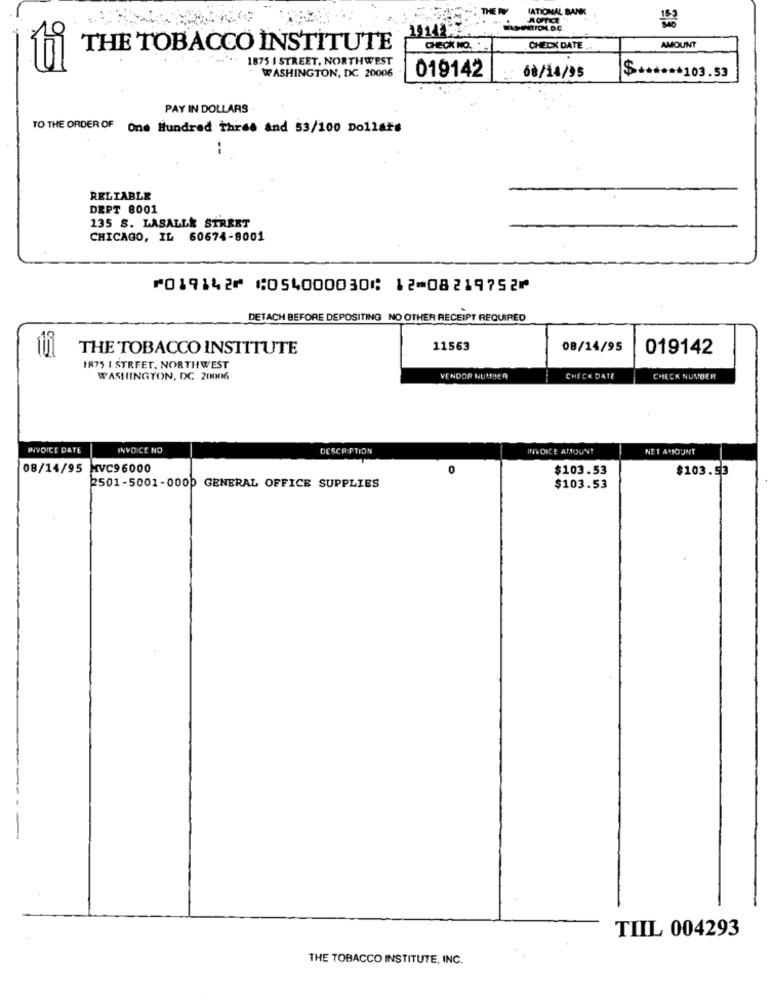
(ATIONAL BANK
182
1914
AMOUNT
THE TOBACCO INSTITUTE
CHECK NO. ..
CHECK DATE
"'s." .. 1875 | STREET, NORTHWEST
WASHINGTON, DC 20006
019142
68/14/95
$ ****** 103.53
PAY IN DOLLARS
TO THE ORDER OF One Hundred three and 53/100 Dollars
RELIABLE
DEPT 8001
135 S. LASALLE STREET
CHICAGO, IL 60674-8001
⑈019142⑈ ⑆054000030⑆ 12⑉08219752⑈
DETACH BEFORE DEPOSITING NO OTHER RECEIPT REQUIRED
THE TOBACCO INSTITUTE
11563
08/14/95
019142
1875 I STREET, NORTHWEST
WASHINGTON, DC 20006
VENDOR NUMBER
CHECK DATE
CHECK NUMBER
INVOICE DATE
INVOICE NO
DESCRIPTION
INVOICE AMOUNT
NET AMOUNT
08/14/95 MVC96000
0
$103.53
$103.53
2501-5001-0000 GENERAL OFFICE SUPPLIES
$103.53
TIIL 004293
THE TOBACCO INSTITUTE, INC.